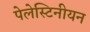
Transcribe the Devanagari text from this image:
पेलेस्टिनीयन